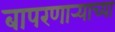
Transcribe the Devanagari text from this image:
बापरणार्‍याच्या